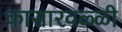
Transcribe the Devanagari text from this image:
कासारवळ्ळी